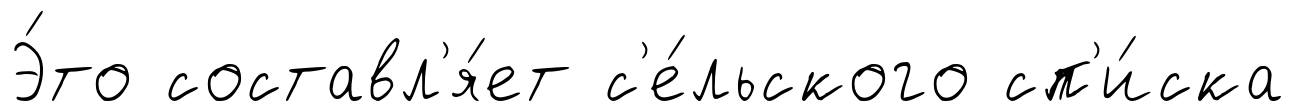
Э́то составл'я́ет с'е́льского сп'и́ска